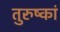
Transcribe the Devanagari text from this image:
तुरुष्कां